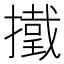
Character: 𢶋